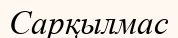
Сарқылмас